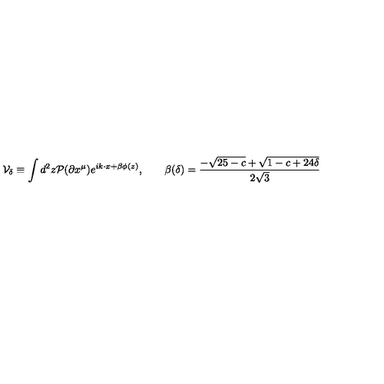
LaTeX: { \cal V } _ { \delta } \equiv \int d ^ { 2 } z { \cal P } ( \partial x ^ { \mu } ) e ^ { i k \cdot x + \beta \phi ( z ) } , \qquad \beta ( \delta ) = { \frac { - \sqrt { 2 5 - c } + \sqrt { 1 - c + 2 4 \delta } } { 2 \sqrt 3 } }